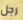
رجل